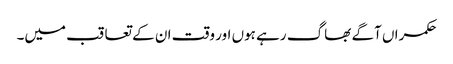
حکمراں آگے بھاگ رہے ہوں اور وقت ان کے تعاقب میں۔